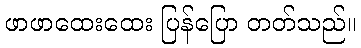
ဖာဖာထေးထေး ပြန်ပြော တတ်သည်။